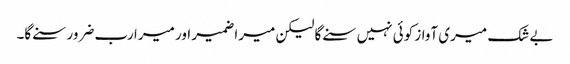
بے شک میری آواز کوئی نہیں سنے گا لیکن میرا ضمیر اور میرا رب ضرور سنے گا۔